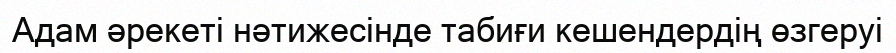
Адам әрекеті нәтижесінде табиғи кешендердің өзгеруі